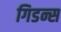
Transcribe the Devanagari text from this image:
गिडन्स